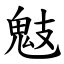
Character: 鬾